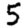
Digit: 5